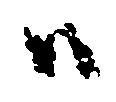
ハ